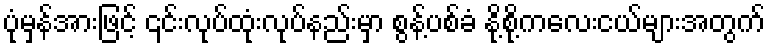
ပုံမှန်အားဖြင့် ၎င်းလုပ်ထုံးလုပ်နည်းမှာ စွန့်ပစ်ခံ နို့စို့ကလေးငယ်များအတွက်